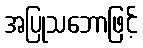
အပြုသဘောဖြင့်